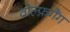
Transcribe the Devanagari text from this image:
वोल्फ़गैंग